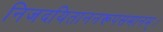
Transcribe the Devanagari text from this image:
निजदयिताननरूपसमानम्।